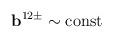
LaTeX: \begin{align*}{\bf b}^{12\pm}\sim{\rm const} \end{align*}